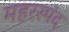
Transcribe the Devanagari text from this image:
महरस्पंद